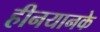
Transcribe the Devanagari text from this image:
हीनयानके